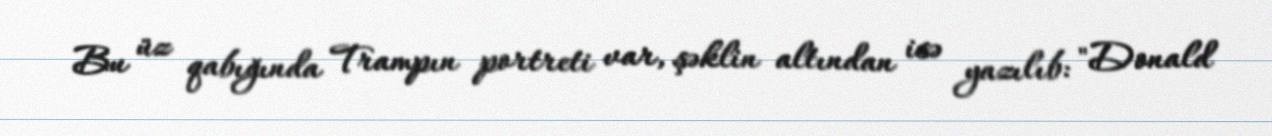
Bu üz qabığında Trampın portreti var, şəklin altından isə yazılıb: "Donald